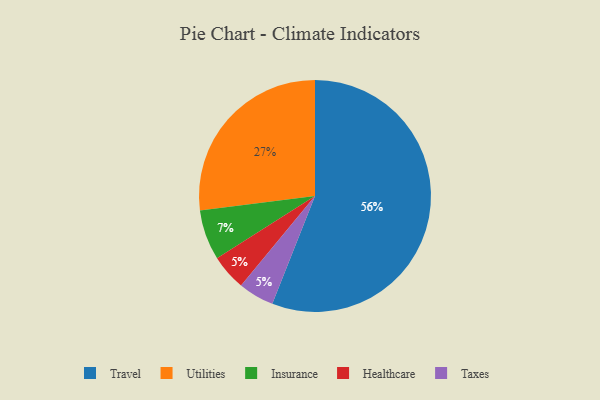
{"axis": {"x": "Category", "y": "Percentage"}, "legend": ["Healthcare", "Insurance", "Taxes", "Travel", "Utilities"], "data": [{"x": "Healthcare", "y": 5, "type": "Healthcare"}, {"x": "Utilities", "y": 27, "type": "Utilities"}, {"x": "Taxes", "y": 5, "type": "Taxes"}, {"x": "Insurance", "y": 7, "type": "Insurance"}, {"x": "Travel", "y": 56, "type": "Travel"}]}